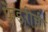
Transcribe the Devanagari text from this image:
फ़ेडरीची